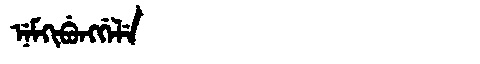
Manchu: ᠨᡝᠮᡴᡳᠪᡠᠩᡤᡝᠯᡝ
Romanization: NEMKIBUNGGELE